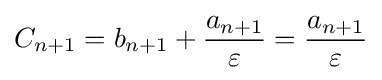
{C}_{n+1}={b}_{n+1}+{\frac {{a}_{n+1}}{\varepsilon }}={\frac {{a}_{n+1}}{\varepsilon }}